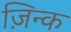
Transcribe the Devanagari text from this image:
ज़िन्क